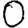
Digit: 0